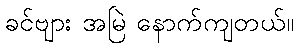
ခင်ဗျား အမြဲ နောက်ကျတယ်။